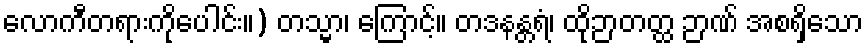
လောကီတရားကိုပေါင်း။) တသ္မာ၊ ကြောင့်။ တဒနန္တရံ၊ ထိုဉာတတ္ထ ဉာဏ် အစရှိသော